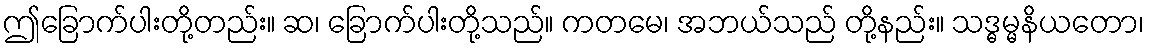
ဤခြောက်ပါးတို့တည်း။ ဆ၊ ခြောက်ပါးတို့သည်။ ကတမေ၊ အဘယ်သည် တို့နည်း။ သဒ္ဓမ္မနိယတော၊